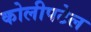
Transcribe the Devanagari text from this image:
कोलीपटेल